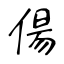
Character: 偒